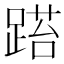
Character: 𨃐